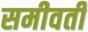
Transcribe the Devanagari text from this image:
समीवर्ती